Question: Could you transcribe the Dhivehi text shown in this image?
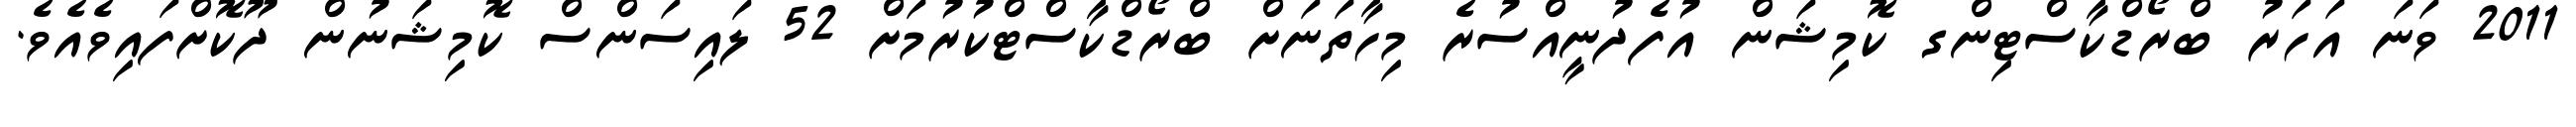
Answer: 2011 ވަނަ އަހަރު ބްރޯޑްކާސްޓިންގ ކޮމިޝަން އުފެދުނީއްސުރެ މިހާތަނަށް ބްރޯޑްކާސްޓްކުރުމަށް 52 ލައިސަންސް ކޮމިޝަނުން ދޫކޮށްފައިވެއެވެ.